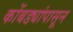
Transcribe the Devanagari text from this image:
कोंबड्यांपासून